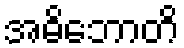
အဓိဘောတိ